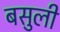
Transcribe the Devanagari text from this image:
बसुली